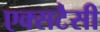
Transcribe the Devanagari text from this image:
एक्सटैसी